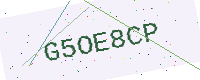
Text: G5OE8CP